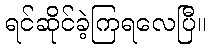
ရင်ဆိုင်ခဲ့ကြရလေပြီ။